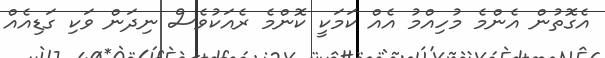
އެގޮތުން އެންމެ މުހިއްމު އެއް ކަމަކީ ކޮންމެ ރެއަކުވެސް ނިދަން ވަކި ގަޑިއެއް